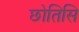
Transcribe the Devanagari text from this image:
छोतिसि